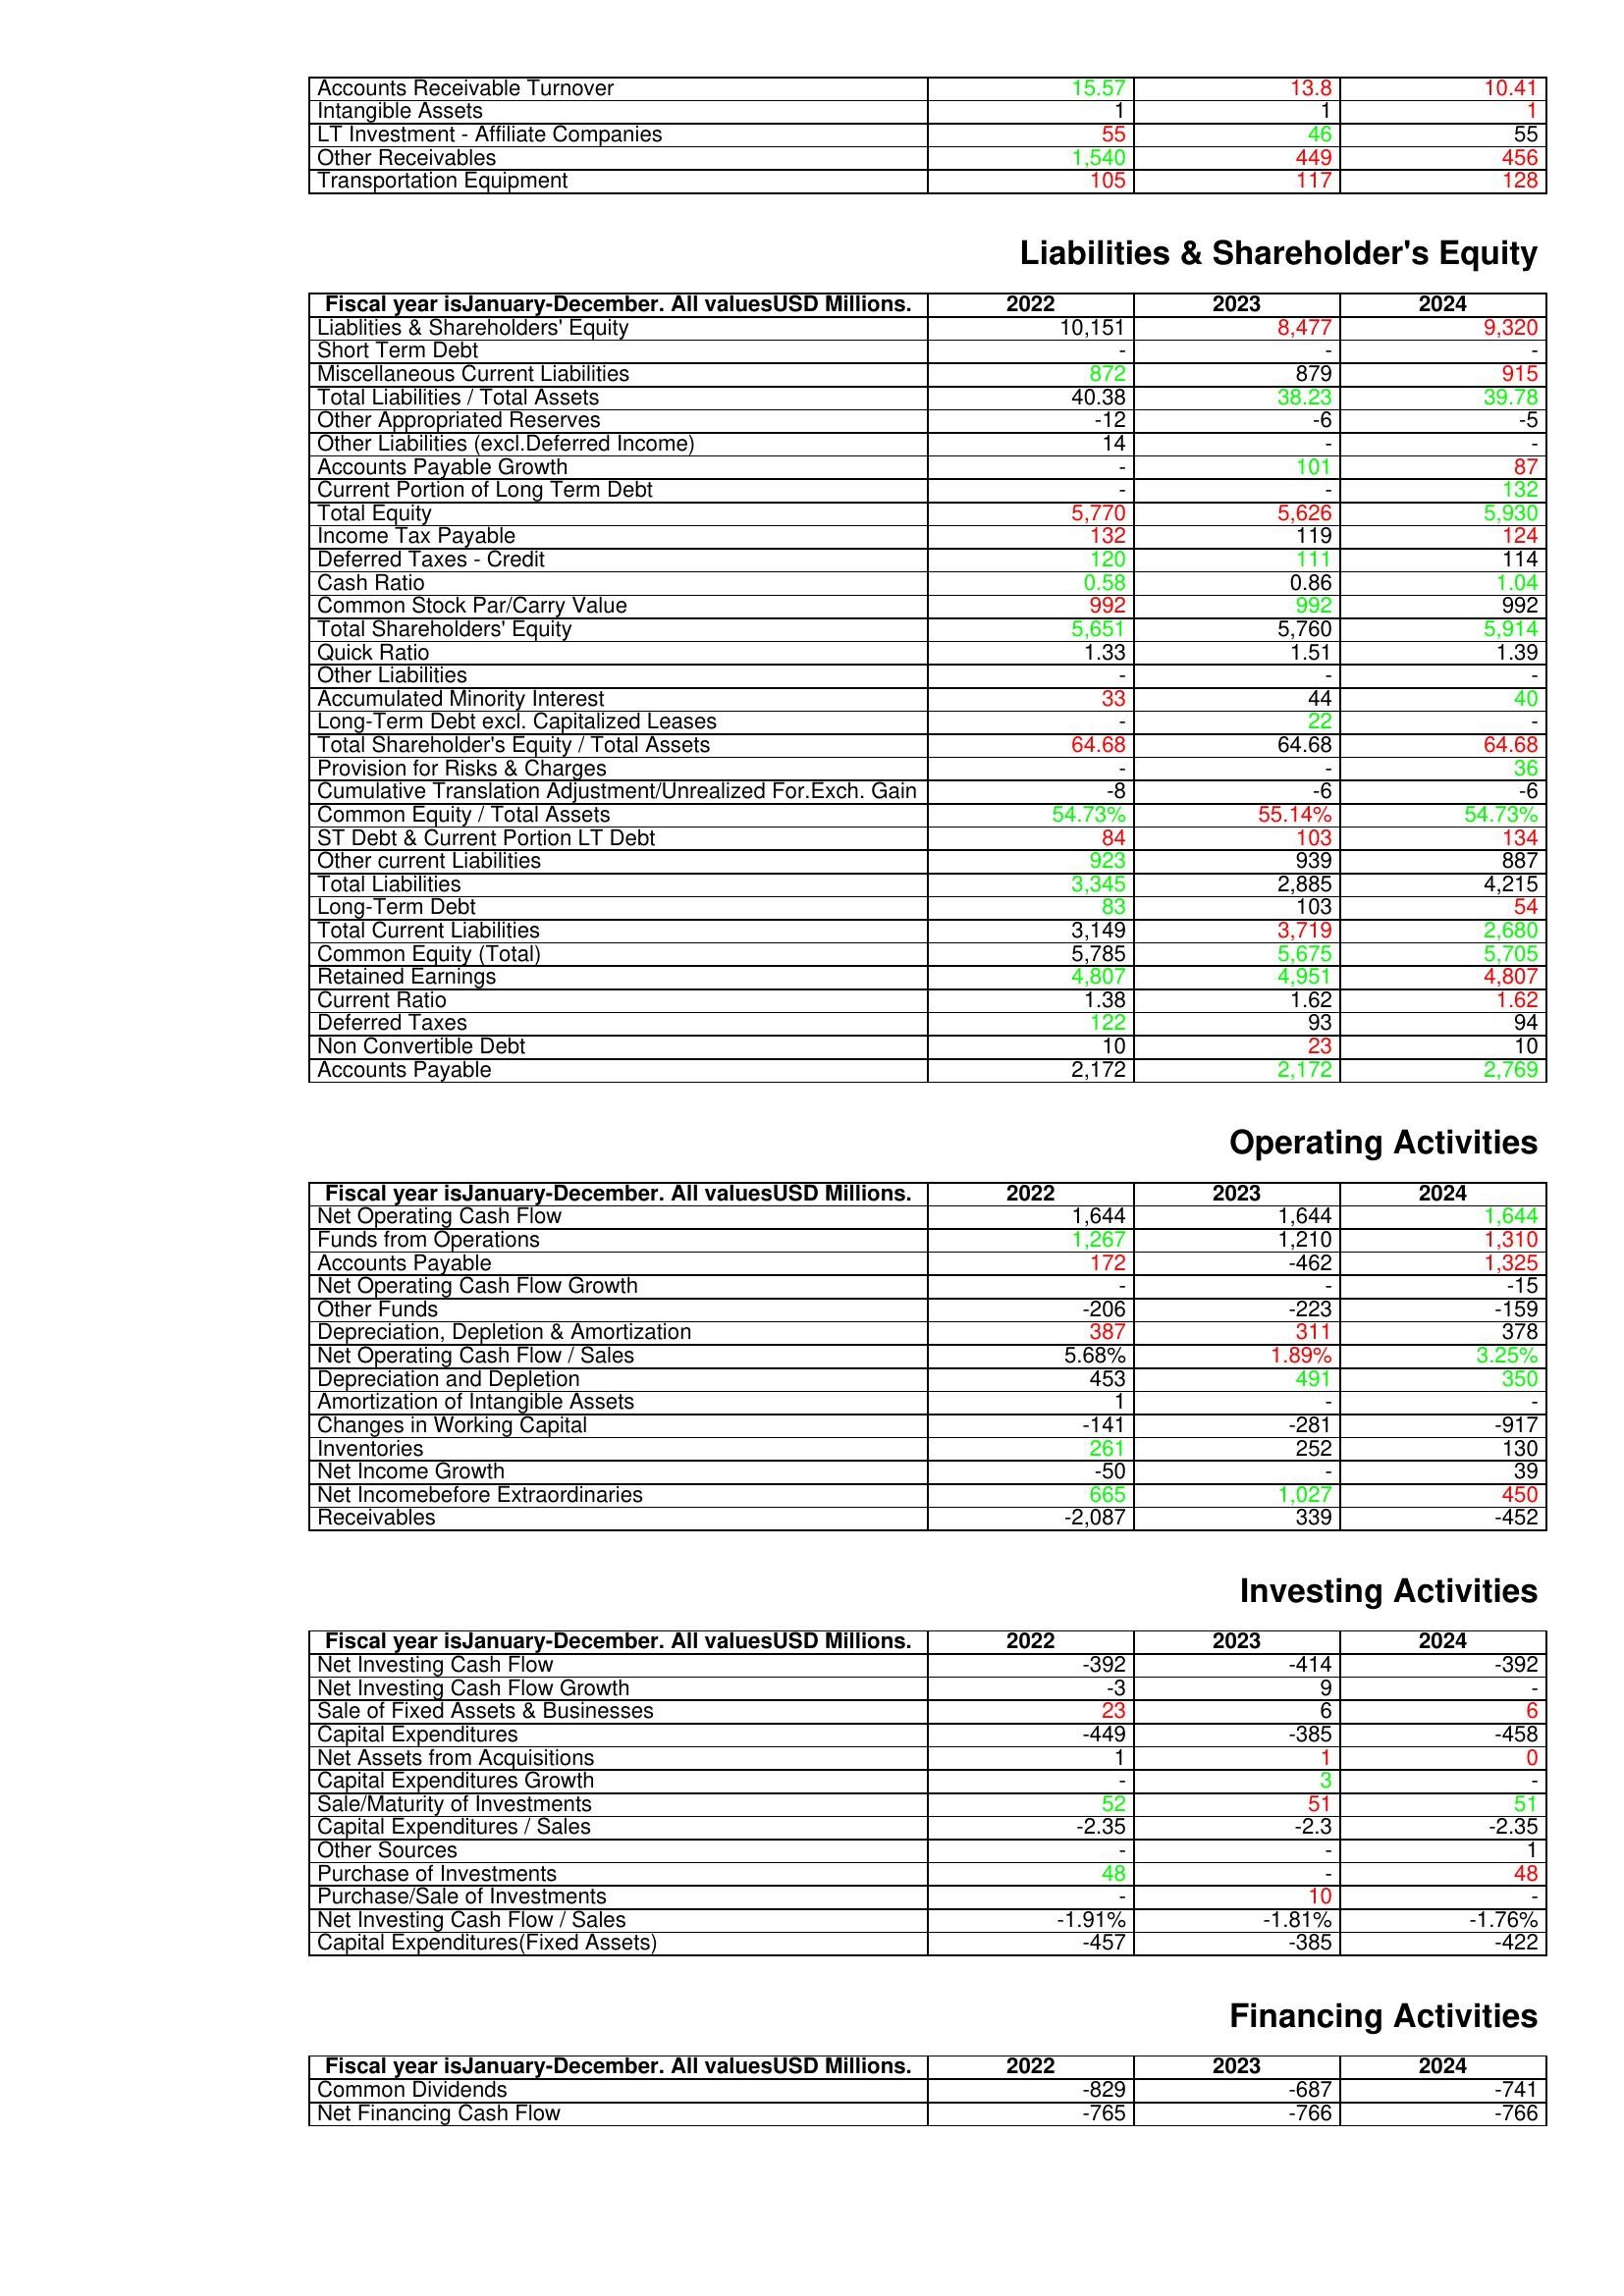
gt_parse: 2022: Assets: Accounts Receivable Turnover: 15.57
Intangible Assets: 1
LT Investment - Affiliate Companies: 55
Other Receivables: 1,540
Transportation Equipment: 105
Liabilities & Shareholder's Equity: Liablities & Shareholders' Equity: 10,151
Short Term Debt: -
Miscellaneous Current Liabilities: 872
Total Liabilities / Total Assets: 40.38
Other Appropriated Reserves: -12
Other Liabilities (excl.Deferred Income): 14
Accounts Payable Growth: -
Current Portion of Long Term Debt: -
Total Equity: 5,770
Income Tax Payable: 132
Deferred Taxes - Credit: 120
Cash Ratio: 0.58
Common Stock Par/Carry Value: 992
Total Shareholders' Equity: 5,651
Quick Ratio: 1.33
Other Liabilities: -
Accumulated Minority Interest: 33
Long-Term Debt excl. Capitalized Leases: -
Total Shareholder's Equity / Total Assets: 64.68
Provision for Risks & Charges: -
Cumulative Translation Adjustment/Unrealized For.Exch. Gain: -8
Common Equity / Total Assets: 54.73%
ST Debt & Current Portion LT Debt: 84
Other current Liabilities: 923
Total Liabilities: 3,345
Long-Term Debt: 83
Total Current Liabilities: 3,149
Common Equity (Total): 5,785
Retained Earnings: 4,807
Current Ratio: 1.38
Deferred Taxes: 122
Non Convertible Debt: 10
Accounts Payable: 2,172
Operating Activities: Net Operating Cash Flow: 1,644
Funds from Operations: 1,267
Accounts Payable: 172
Net Operating Cash Flow Growth: -
Other Funds: -206
Depreciation, Depletion & Amortization: 387
Net Operating Cash Flow / Sales: 5.68%
Depreciation and Depletion: 453
Amortization of Intangible Assets: 1
Changes in Working Capital: -141
Inventories: 261
Net Income Growth: -50
Net Incomebefore Extraordinaries: 665
Receivables: -2,087
Investing Activities: Net Investing Cash Flow: -392
Net Investing Cash Flow Growth: -3
Sale of Fixed Assets & Businesses: 23
Capital Expenditures: -449
Net Assets from Acquisitions: 1
Capital Expenditures Growth: -
Sale/Maturity of Investments: 52
Capital Expenditures / Sales: -2.35
Other Sources: -
Purchase of Investments: 48
Purchase/Sale of Investments: -
Net Investing Cash Flow / Sales: -1.91%
Capital Expenditures(Fixed Assets): -457
Financing Activities: Common Dividends: -829
Net Financing Cash Flow: -765
2023: Assets: Accounts Receivable Turnover: 13.8
Intangible Assets: 1
LT Investment - Affiliate Companies: 46
Other Receivables: 449
Transportation Equipment: 117
Liabilities & Shareholder's Equity: Liablities & Shareholders' Equity: 8,477
Short Term Debt: -
Miscellaneous Current Liabilities: 879
Total Liabilities / Total Assets: 38.23
Other Appropriated Reserves: -6
Other Liabilities (excl.Deferred Income): -
Accounts Payable Growth: 101
Current Portion of Long Term Debt: -
Total Equity: 5,626
Income Tax Payable: 119
Deferred Taxes - Credit: 111
Cash Ratio: 0.86
Common Stock Par/Carry Value: 992
Total Shareholders' Equity: 5,760
Quick Ratio: 1.51
Other Liabilities: -
Accumulated Minority Interest: 44
Long-Term Debt excl. Capitalized Leases: 22
Total Shareholder's Equity / Total Assets: 64.68
Provision for Risks & Charges: -
Cumulative Translation Adjustment/Unrealized For.Exch. Gain: -6
Common Equity / Total Assets: 55.14%
ST Debt & Current Portion LT Debt: 103
Other current Liabilities: 939
Total Liabilities: 2,885
Long-Term Debt: 103
Total Current Liabilities: 3,719
Common Equity (Total): 5,675
Retained Earnings: 4,951
Current Ratio: 1.62
Deferred Taxes: 93
Non Convertible Debt: 23
Accounts Payable: 2,172
Operating Activities: Net Operating Cash Flow: 1,644
Funds from Operations: 1,210
Accounts Payable: -462
Net Operating Cash Flow Growth: -
Other Funds: -223
Depreciation, Depletion & Amortization: 311
Net Operating Cash Flow / Sales: 1.89%
Depreciation and Depletion: 491
Amortization of Intangible Assets: -
Changes in Working Capital: -281
Inventories: 252
Net Income Growth: -
Net Incomebefore Extraordinaries: 1,027
Receivables: 339
Investing Activities: Net Investing Cash Flow: -414
Net Investing Cash Flow Growth: 9
Sale of Fixed Assets & Businesses: 6
Capital Expenditures: -385
Net Assets from Acquisitions: 1
Capital Expenditures Growth: 3
Sale/Maturity of Investments: 51
Capital Expenditures / Sales: -2.3
Other Sources: -
Purchase of Investments: -
Purchase/Sale of Investments: 10
Net Investing Cash Flow / Sales: -1.81%
Capital Expenditures(Fixed Assets): -385
Financing Activities: Common Dividends: -687
Net Financing Cash Flow: -766
2024: Assets: Accounts Receivable Turnover: 10.41
Intangible Assets: 1
LT Investment - Affiliate Companies: 55
Other Receivables: 456
Transportation Equipment: 128
Liabilities & Shareholder's Equity: Liablities & Shareholders' Equity: 9,320
Short Term Debt: -
Miscellaneous Current Liabilities: 915
Total Liabilities / Total Assets: 39.78
Other Appropriated Reserves: -5
Other Liabilities (excl.Deferred Income): -
Accounts Payable Growth: 87
Current Portion of Long Term Debt: 132
Total Equity: 5,930
Income Tax Payable: 124
Deferred Taxes - Credit: 114
Cash Ratio: 1.04
Common Stock Par/Carry Value: 992
Total Shareholders' Equity: 5,914
Quick Ratio: 1.39
Other Liabilities: -
Accumulated Minority Interest: 40
Long-Term Debt excl. Capitalized Leases: -
Total Shareholder's Equity / Total Assets: 64.68
Provision for Risks & Charges: 36
Cumulative Translation Adjustment/Unrealized For.Exch. Gain: -6
Common Equity / Total Assets: 54.73%
ST Debt & Current Portion LT Debt: 134
Other current Liabilities: 887
Total Liabilities: 4,215
Long-Term Debt: 54
Total Current Liabilities: 2,680
Common Equity (Total): 5,705
Retained Earnings: 4,807
Current Ratio: 1.62
Deferred Taxes: 94
Non Convertible Debt: 10
Accounts Payable: 2,769
Operating Activities: Net Operating Cash Flow: 1,644
Funds from Operations: 1,310
Accounts Payable: 1,325
Net Operating Cash Flow Growth: -15
Other Funds: -159
Depreciation, Depletion & Amortization: 378
Net Operating Cash Flow / Sales: 3.25%
Depreciation and Depletion: 350
Amortization of Intangible Assets: -
Changes in Working Capital: -917
Inventories: 130
Net Income Growth: 39
Net Incomebefore Extraordinaries: 450
Receivables: -452
Investing Activities: Net Investing Cash Flow: -392
Net Investing Cash Flow Growth: -
Sale of Fixed Assets & Businesses: 6
Capital Expenditures: -458
Net Assets from Acquisitions: 0
Capital Expenditures Growth: -
Sale/Maturity of Investments: 51
Capital Expenditures / Sales: -2.35
Other Sources: 1
Purchase of Investments: 48
Purchase/Sale of Investments: -
Net Investing Cash Flow / Sales: -1.76%
Capital Expenditures(Fixed Assets): -422
Financing Activities: Common Dividends: -741
Net Financing Cash Flow: -766